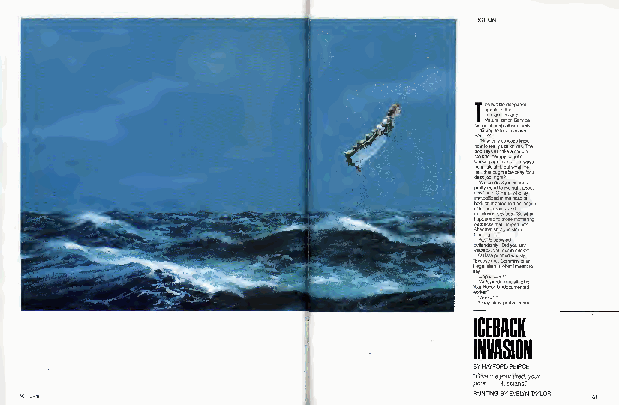
ws Y"w IwA oom bw d pnib hT s hdm b h oP al oEf ef ule or eo emo yt ea rlaeooo ul "t "" "ta xe tw n O .ePd td kma r sl ' t" n p rIh " c W Oew lt s g W", bi ci a, e'ar A ,ok bu leN k ar kt tG t ap" ol dt a ru le b H Hbi llaa s ayt i nto hl n i ree oa N l c e ,I t c ld e s oj in aw h ya so ci n do gliia a "ks r h ,gm osg ko nt na elg, ,rgay a? ilk lt ct an i ea b ,rme ot ,n leol i" is os a it teu t p. se n regt mi ran o . onzd ehdor o aa h d ag ?.w yg . ke g s ent s s ni d ge lerl la trt u det t r ". aro ol a O c'as .l hi y r id hl i e to cal dr g U" yia dy fy l u'gi eao oic o iis stt ef ,ab hto h nol i " nH tntz , Cn wt noh u vu k eo n tl p t wi !to dDaa na ds ong li pssr j? hby d "o s ha m it a rk ,t ut j m oo c eu" red e u oe un mi d ae an hh ow et mee t d on cd mt t sb ao m, tee b eodh sr t io bk o ya an e un be p whe .- wn r s asop g hs w an I ma drp i i eei ath tS c m sote uot ms lo mg'da h " ev a a ide a oo l s i lcg t hkl it ee u S r koa n opor t su t ol tk tar s cta o ani il l nr uvu h a tp n oto .n y kea tltl l n admm ysi e yl el ew d ?eo a hbahwl r, T tsc ?re rl ecl h dy "ey ow a yoe lih .t a. r uy t lnie ,t ots oa gn
 CEBACK
 BYHAYFORDPEIRCE
 " pG oi ov re ..m .e "y Ro uu sr sitairnesd,?your
 PAINTINGBYEVELYNTAYLOR